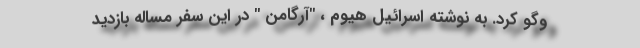
وگو کرد. به نوشته اسرائیل هیوم ، "آرگامن " در این سفر مساله بازدید